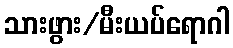
သားဖွား/မီးယပ်ရောဂါ